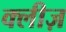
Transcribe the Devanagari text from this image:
क्लीज़